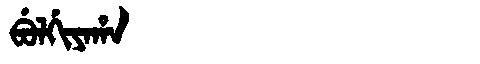
Manchu: ᠪᡠᠯᡤᡳᠶᠠᡥᠠ
Romanization: BULGIYAHA